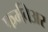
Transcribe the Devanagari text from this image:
फर्मवेअर